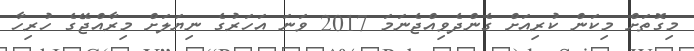
މިގޮތަށް މިކަން ކުރިއަށް ގެންދެވިއްޖެނަމަ 2017 ވަނަ އަހަރުގެ ނިޔަލަށް މިރާއްޖޭގެ ހުރިހާ